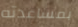
بمساعدته